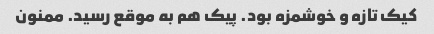
کیک تازه و خوشمزه بود. پیک هم به موقع رسید. ممنون